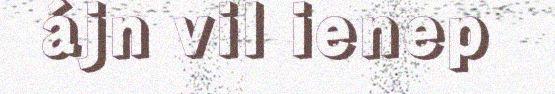
ájn vil ienep